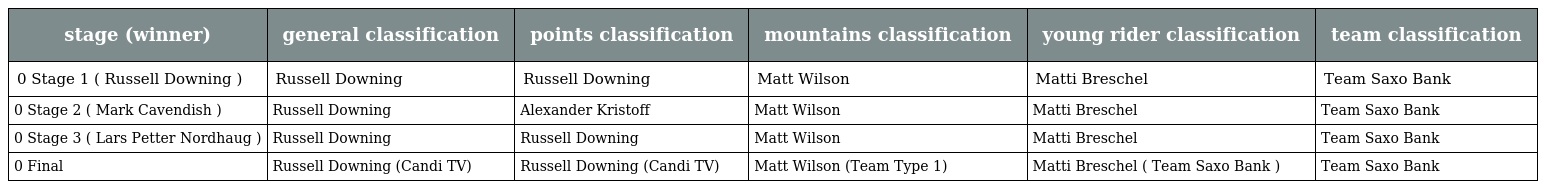
| stage (winner) | general classification | points classification | mountains classification | young rider classification | team classification |
 | --- | --- | --- | --- | --- | --- |
 | 0 Stage 1 ( Russell Downing ) | Russell Downing | Russell Downing | Matt Wilson | Matti Breschel | Team Saxo Bank |
 | 0 Stage 2 ( Mark Cavendish ) | Russell Downing | Alexander Kristoff | Matt Wilson | Matti Breschel | Team Saxo Bank |
 | 0 Stage 3 ( Lars Petter Nordhaug ) | Russell Downing | Russell Downing | Matt Wilson | Matti Breschel | Team Saxo Bank |
 | 0 Final | Russell Downing (Candi TV) | Russell Downing (Candi TV) | Matt Wilson (Team Type 1) | Matti Breschel ( Team Saxo Bank ) | Team Saxo Bank |